Indian journal of veterinary science and animal husbandry - Volumes 18-21, 1948-1951
Year: 1948
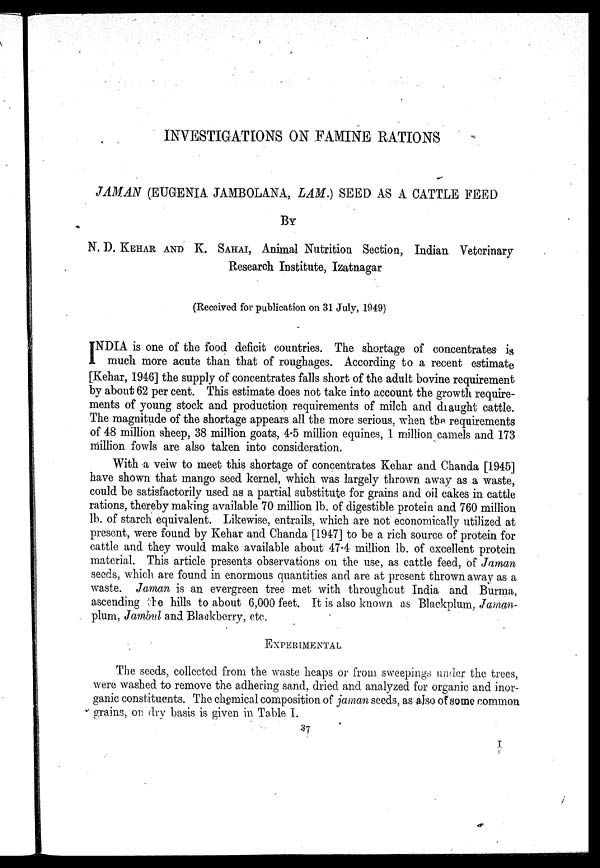
INVESTIGATIONS ON FAMINE RATIONS
JAMAN (EUGENIA JAMBOLANA, LAM.) SEED AS A CATTLE FEED
BY
N. D. KEHAR AND K. SAHAI, Animal Nutrition Section, Indian Veterinary
Research Institute, Izatnagar
(Received for publication on 31 July, 1949)
I NDIA is one of the food deficit countries. The shortage of concentrates is
much more acute than that of roughages. According to a recent estimate
[Kehar, 1946] the supply of concentrates falls short of the adult bovine requirement
by about 62 per cent. This estimate does not take into account the growth require-
ments of young stock and production requirements of milch and draught cattle.
The magnitude of the shortage appears all the more serious, when the requirements
of 48 million sheep, 38 million goats, 4.5 million equines, 1 million camels and 173
million fowls are also taken into consideration.
With a veiw to meet this shortage of concentrates Kehar and Chanda [1945]
have shown that mango seed kernel, which was largely thrown away as a waste,
could be satisfactorily used as a partial substitute for grains and oil cakes in cattle
rations, thereby making available 70 million lb. of digestible protein and 760 million
lb. of starch equivalent. Likewise, entrails, which are not economically utilized at
present, were found by Kehar and Chanda [1947] to be a rich source of protein for
cattle and they would make available about 47.4 million lb. of excellent protein
material. This article presents observations on the use, as cattle feed, of Jaman
seeds, which are found in enormous quantities and are at present thrown away as a
waste. Jaman is an evergreen tree met with throughout India and Burma,
ascending the hills to about 6,000 feet. It is also known as Blackplum, Jaman-
plum, Jambul and Blackberry, etc.
EXPERIMENTAL
The seeds, collected from the waste heaps or from sweepings under the trees,
were washed to remove the adhering sand, dried and analyzed for organic and inor-
ganic constituents. The chemical composition of jaman seeds, as also of some common
grains, on dry basis is given in Table I.
37
I